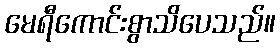
မေရီကောင်းစွာသိပေသည်။